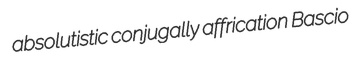
absolutistic conjugally affrication Bascio